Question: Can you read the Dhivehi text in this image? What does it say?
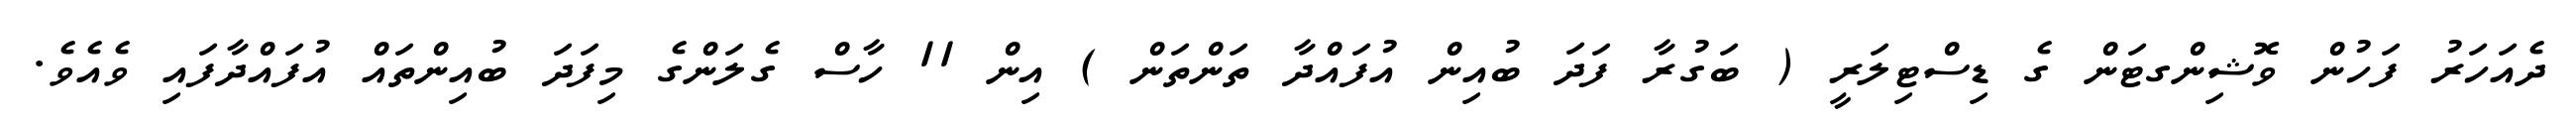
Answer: ދެއަހަރު ފަހުން ވޮޝިންގޓަން ގެ ޑިސްޓިލަރީ ( ބަގުރާ ފަދަ ބުއިން އުފައްދާ ތަންތަން ) އިން 11 ހާސް ގެލަންގެ މިފަދަ ބުއިންތައް އުފައްދާފައި ވެއެވެ.